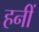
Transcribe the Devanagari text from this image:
हनीं